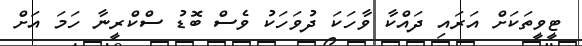
ޓީވީތަކަށް އަރައި ދައްކާ ވާހަކަ ދުވަހަކު ވެސް ބޮޑު ސްކްރީނާ ހަމަ އަށް